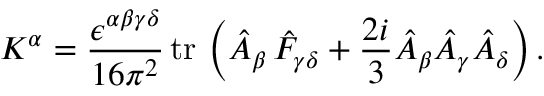
K ^ { \alpha } = \frac { \epsilon ^ { \alpha \beta \gamma \delta } } { 1 6 \pi ^ { 2 } } \, \mathrm { t r \, } \left( \hat { A } _ { \beta } \, \hat { F } _ { \gamma \delta } + \frac { 2 i } 3 \hat { A } _ { \beta } \hat { A } _ { \gamma } \hat { A } _ { \delta } \right) .